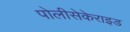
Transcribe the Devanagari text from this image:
पोलीसेकेराइड